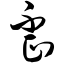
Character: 歪